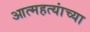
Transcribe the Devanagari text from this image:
आत्महत्यांच्या